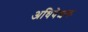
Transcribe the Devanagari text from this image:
अधिवेशक